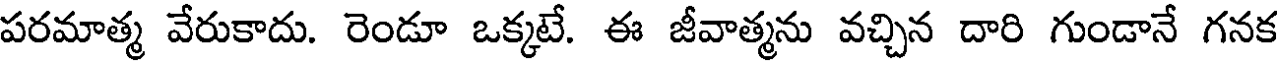
పరమాత్మ వేరుకాదు. రెండూ ఒక్కటే. ఈ జీవాత్మను వచ్చిన దారి గుండానే గనక